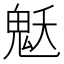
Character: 𩲓